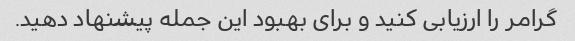
گرامر را ارزیابی کنید و برای بهبود این جمله پیشنهاد دهید.